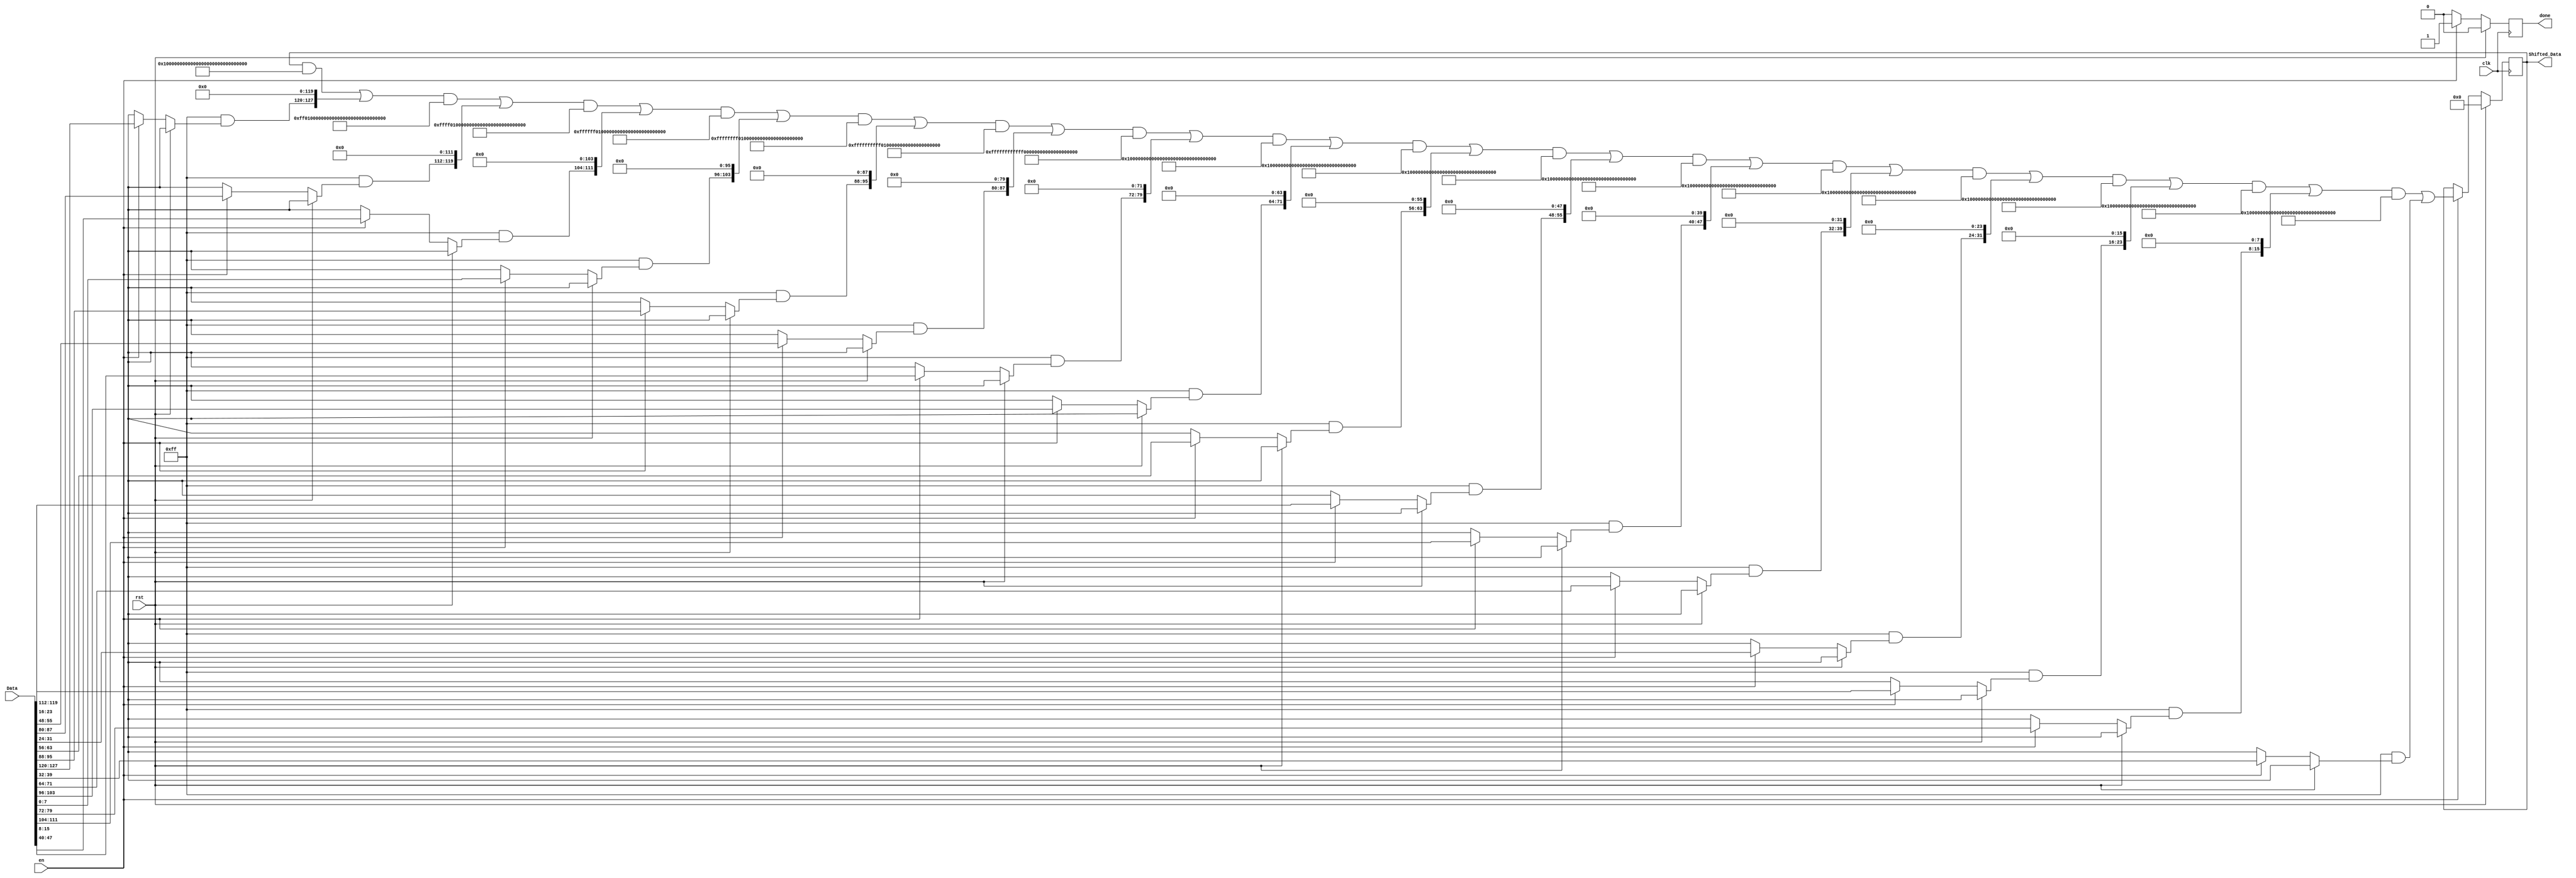
// This program was cloned from: https://github.com/ahegazy/aes
// License: MIT License

/*
*
*	Creator : Ahmad Adel <github.com/ahmadadel8>
*						Dina  Elsokary <github.com/dinaelsokary>
*
* Contributer: Ahmad Hegazy <github.com/ahegazy> <ahegazipro@gmail.com>
* 
* Description: shift rows step in AES encryption/Decryption.
* Language: Verilog
*
*/

module Shift_Rows 
 #(parameter word_size =8 ,array_size =16)(
  input en,clk,rst,
  input  wire  [0:word_size*array_size-1] Data,
	output reg  [0:word_size*array_size-1] Shifted_Data,
	output reg done );
  
  reg [word_size-1:0] data [0:3] [0:3];
  reg [word_size-1:0] shifted_data[0:3] [0:3];
 
 integer i,j,ij;	 
  
always @(posedge clk)
  begin
    if (rst)
		begin
      //for ( i=0; i<=word_size*array_size-1; i=i+1)
	       Shifted_Data = 128'b0;
				 done = 0;
		end
  else if (en) begin
    for ( i=0; i<=3; i=i+1)
	   for ( j=0; j<=3; j=j+1)
	      begin 
	        ij =((4*i)+j);
		      data[j][i]=Data[ij*word_size  +:  word_size];
		    end	
		    
		 for ( i=0; i<=3; i=i+1)
	    for ( j=0; j<=3; j=j+1)
	     begin
	      if (i ==0)
	         shifted_data[i][j] = data[i][j];
	      else if (i ==1)
	        begin
	         shifted_data[1][0] = data[1][1];
           shifted_data[1][1] = data[1][2];
           shifted_data[1][2] = data[1][3];
           shifted_data[1][3] = data[1][0];
          end
         else if (i ==2)
           begin
	          shifted_data[2][0] = data[2][2];
	          shifted_data[2][1] = data[2][3];
            shifted_data[2][2] = data[2][0];
            shifted_data[2][3] = data[2][1];
           end
          else if (i ==3) 
           begin
		        shifted_data[3][0] = data[3][3];
            shifted_data[3][1] = data[3][0];
            shifted_data[3][2] = data[3][1];
            shifted_data[3][3] = data[3][2];
           end
        end 
 
						for ( i=0; i<=3; i=i+1)
							for ( j=0; j<=3; j=j+1)
								begin 
									ij =((4*i)+j);
									Shifted_Data[ij*word_size  +:  word_size]=shifted_data[j][i];
								end
					done = 1;
		    end	
	 			else done <= 0;
end
		   
  
endmodule